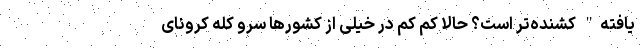
یافته" کُشنده‌تر است؟ حالا کم کم در خیلی از کشورها سرو کله کرونای